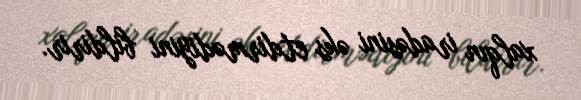
xalqın iradəsini əks etdirmədiyini bildirir.